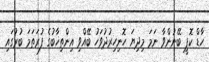
ހާޑް ކޮޕީ ބޭނުންވާ ނަމަ މިދިޔަ ހޮނިހިރުދުވަހު ބޭއްވި އިންތިޚާބުގެ ފުރަތަމަ ބުރުގައި